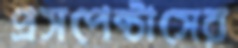
প্রসপেক্টাসের